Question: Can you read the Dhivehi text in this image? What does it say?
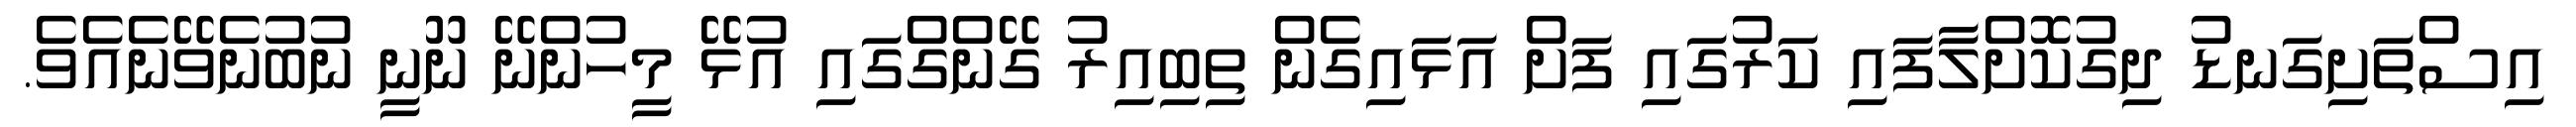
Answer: އިސްތަށިގަނޑު ދިގުކޮށްލާފައި ކަރުގައި ފަށް އަޅައިގެން ތިބިއިރު ގޭންގްގައި އުޅޭ މީހުންނޭ ނޫނީ ނުބުނެވޭނެއެވެ.